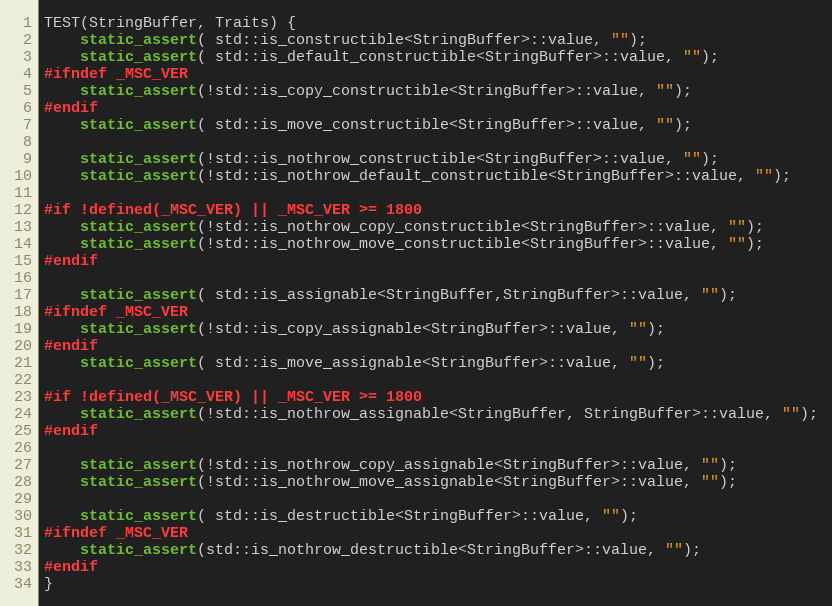
Language: C++
TEST(StringBuffer, Traits) {
    static_assert( std::is_constructible<StringBuffer>::value, "");
    static_assert( std::is_default_constructible<StringBuffer>::value, "");
#ifndef _MSC_VER
    static_assert(!std::is_copy_constructible<StringBuffer>::value, "");
#endif
    static_assert( std::is_move_constructible<StringBuffer>::value, "");

    static_assert(!std::is_nothrow_constructible<StringBuffer>::value, "");
    static_assert(!std::is_nothrow_default_constructible<StringBuffer>::value, "");

#if !defined(_MSC_VER) || _MSC_VER >= 1800
    static_assert(!std::is_nothrow_copy_constructible<StringBuffer>::value, "");
    static_assert(!std::is_nothrow_move_constructible<StringBuffer>::value, "");
#endif

    static_assert( std::is_assignable<StringBuffer,StringBuffer>::value, "");
#ifndef _MSC_VER
    static_assert(!std::is_copy_assignable<StringBuffer>::value, "");
#endif
    static_assert( std::is_move_assignable<StringBuffer>::value, "");

#if !defined(_MSC_VER) || _MSC_VER >= 1800
    static_assert(!std::is_nothrow_assignable<StringBuffer, StringBuffer>::value, "");
#endif

    static_assert(!std::is_nothrow_copy_assignable<StringBuffer>::value, "");
    static_assert(!std::is_nothrow_move_assignable<StringBuffer>::value, "");

    static_assert( std::is_destructible<StringBuffer>::value, "");
#ifndef _MSC_VER
    static_assert(std::is_nothrow_destructible<StringBuffer>::value, "");
#endif
}